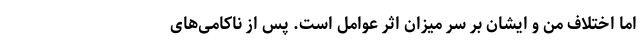
اما اختلاف من و ایشان بر سر میزان اثر عوامل است. پس از ناکامی‌های